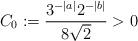
LaTeX: \begin{align*}C_0:=\frac{3^{-|a|}2^{-|b|}}{8\sqrt{2}}>0\end{align*}